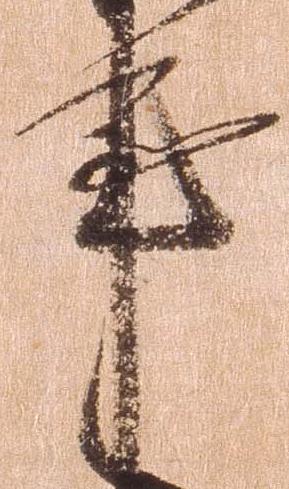
事